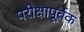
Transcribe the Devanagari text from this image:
परीक्षापूर्वक